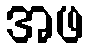
အဖ